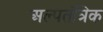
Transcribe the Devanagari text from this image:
अल्पतंत्रिक